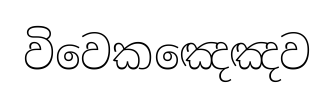
විවෙකඤෙඤව